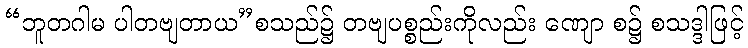
“ဘူတဂါမ ပါတဗျတာယ”စသည်၌ တဗျပစ္စည်းကိုလည်း ဏျော စ၌ စသဒ္ဒါဖြင့်